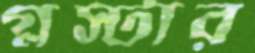
গ্লস্টার